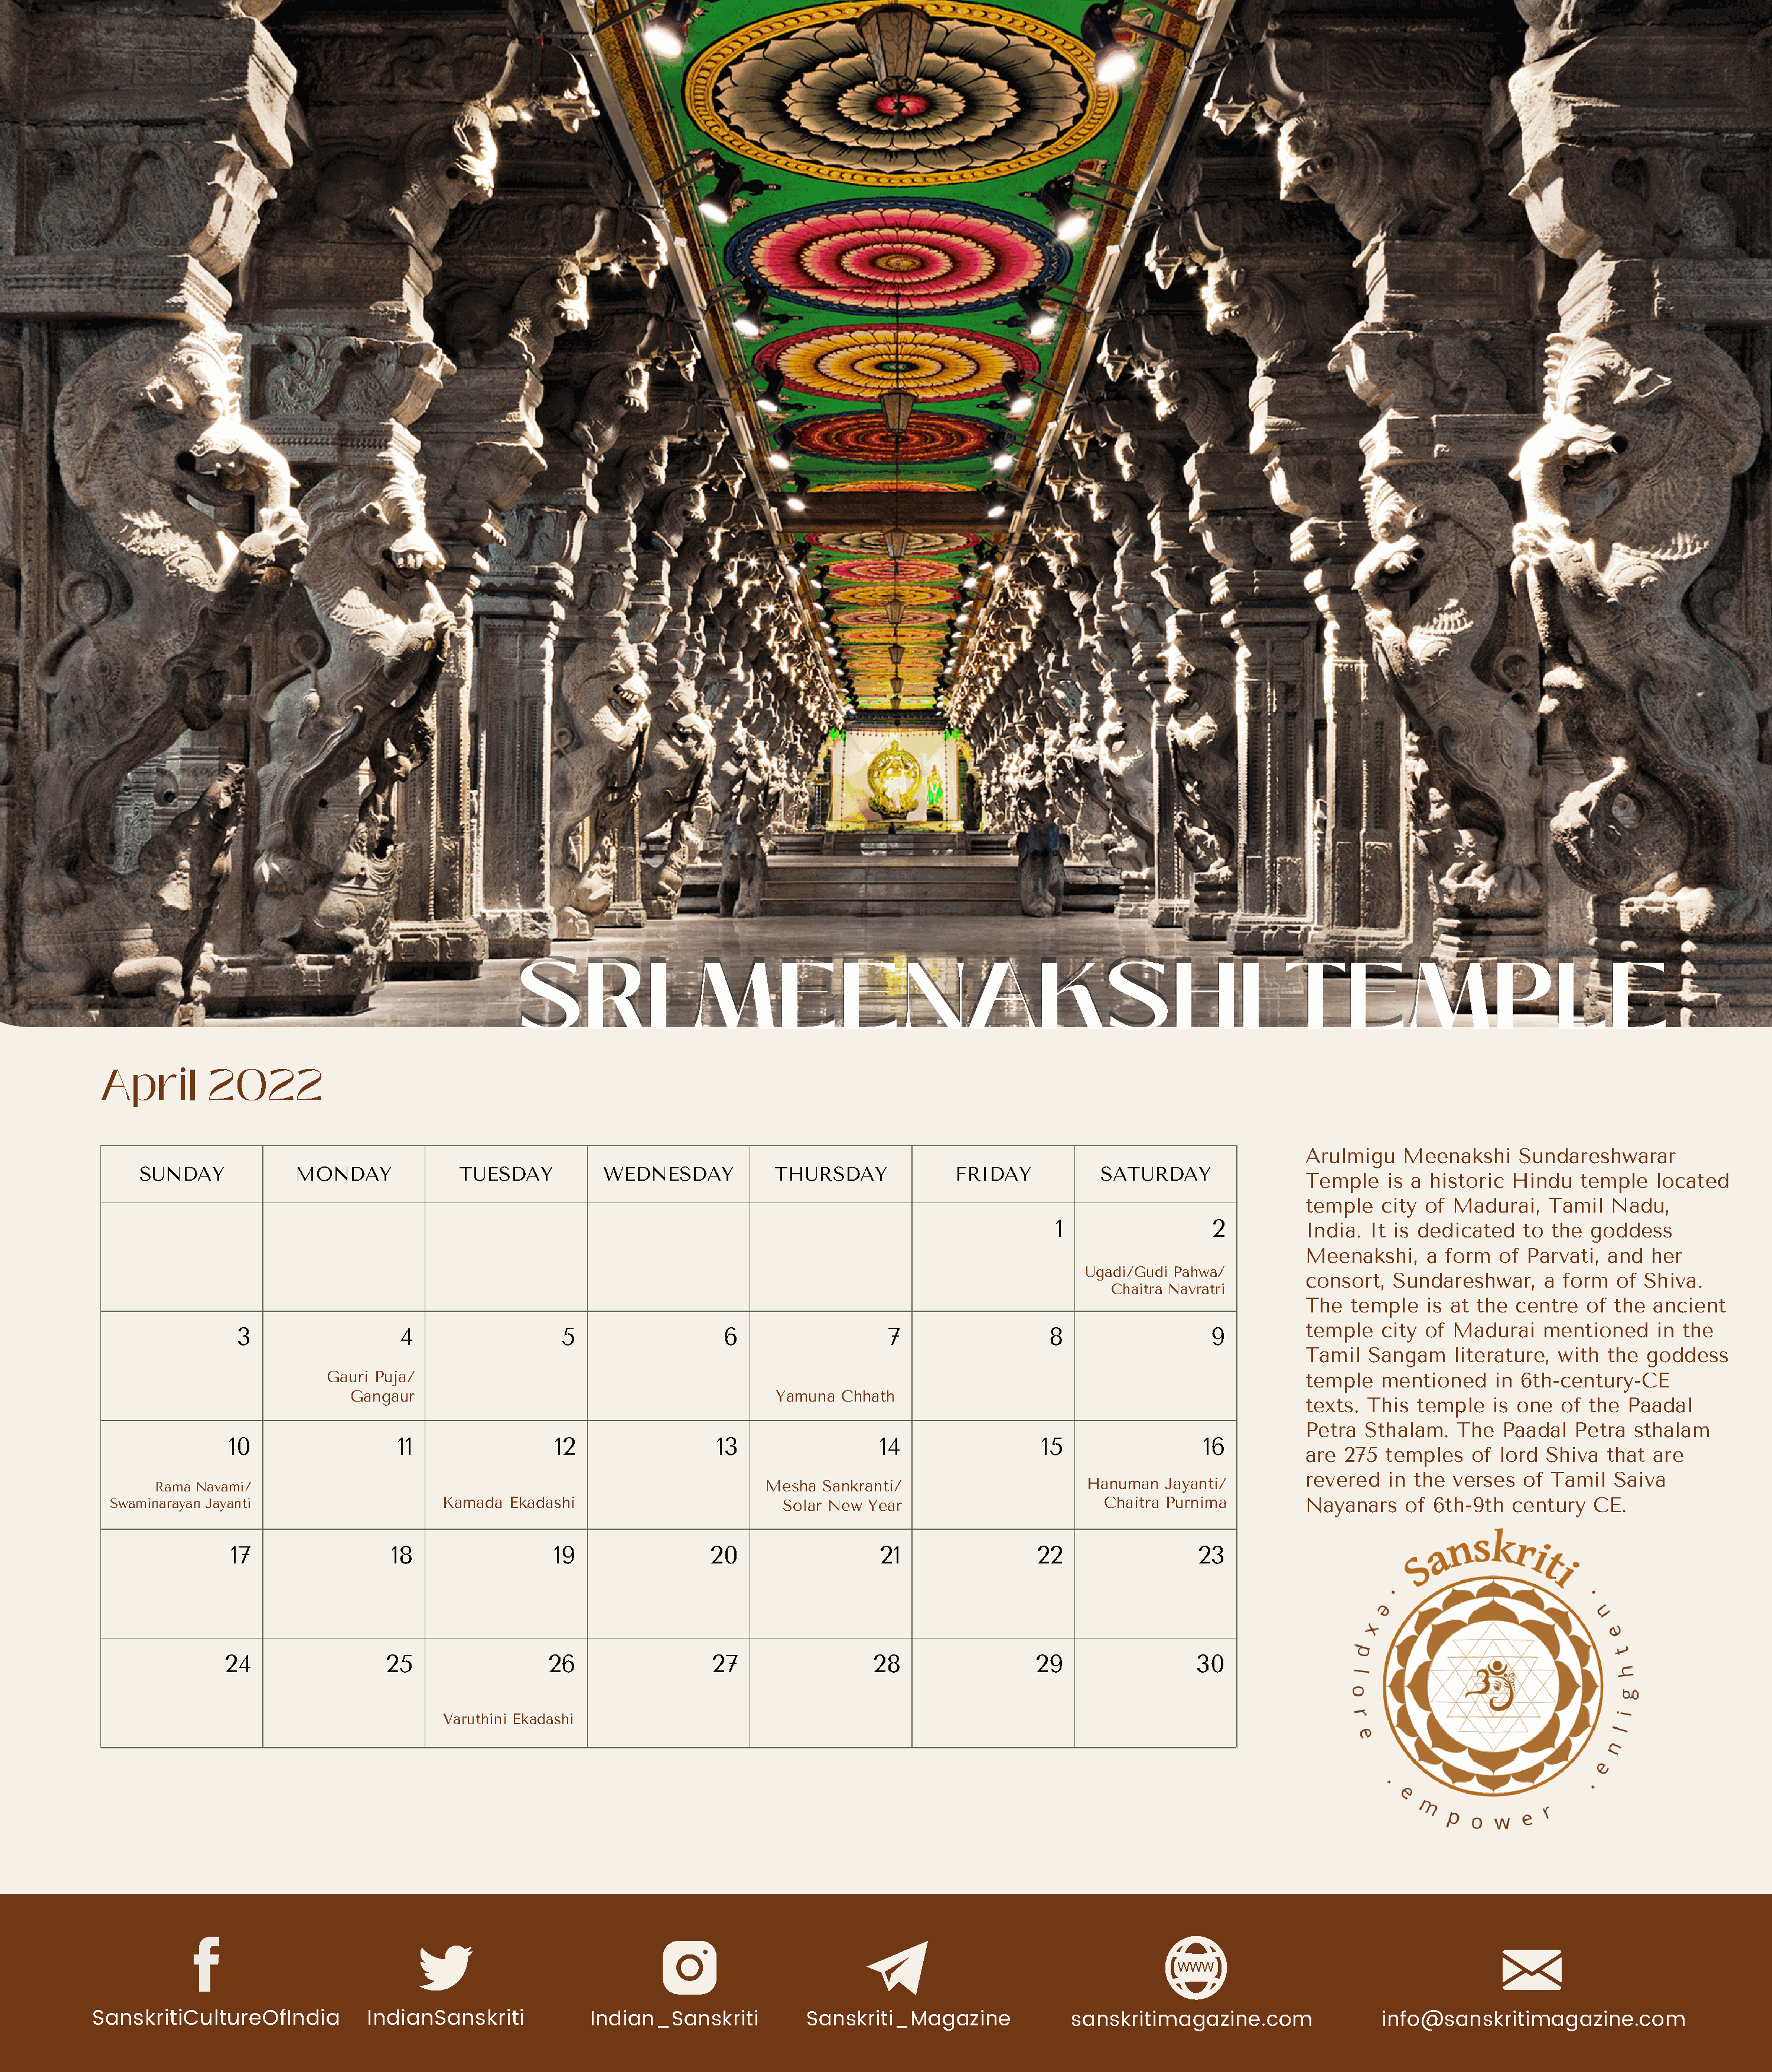
SRI                 MEENAKSHI                                                         TEMPLE
 SRI                 MEENAKSHI                                                         TEMPLE
 April       2022
 Arulmigu   Meenakshi    Sundareshwarar
 SUNDAY           MONDAY            TUESDAY          WEDNESDAY          THURSDAY            FRIDAY          SATURDAY
 Temple   is a historic Hindu   temple   located
 temple   city of Madurai,   Tamil  Nadu,
 1                 2         India. It is dedicated   to the goddess
 Meenakshi,    a form  of Parvati, and  her
 Ugadi/Gudi Pahwa/
 consort,  Sundareshwar,    a form  of Shiva.
 Chaitra Navratri
 The  temple   is at the centre  of the ancient
 temple   city of Madurai   mentioned    in the
 3                 4                 5                 6                  7                 8                 9
 Tamil  Sangam    literature, with the  goddess
 Gauri Puja/                                                                                                  temple   mentioned   in 6th-century-CE
 Gangaur                                         Yamuna Chhath
 texts. This  temple  is one  of the Paadal
 Petra  Sthalam.  The  Paadal  Petra  sthalam
 10                 11               12                13                 14                15                16
 are  275 temples   of lord Shiva  that are
 revered   in the verses  of Tamil  Saiva
 Rama Navami/                                                         Mesha Sankranti/                    Hanuman  Jayanti/
 Swaminarayan Jayanti                  Kamada Ekadashi                       Solar New Year                      Chaitra Purnima       Nayanars   of  6th-9th century   CE.
 17                18                19                20                 21               22                23
 24                25                26                 27                28                29                30
 Varuthini Ekadashi
 SanskritiCultureOfIndia        IndianSanskriti          Indian_Sanskriti        Sanskriti_Magazine            sanskritimagazine.com              info@sanskritimagazine.com